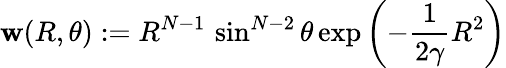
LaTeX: \mathbf{w}(R,\theta):=R^{N-1}\, \sin^{N-2}\theta\exp\left(-\frac{{1}}{{2\gamma}}R^{2}\right)